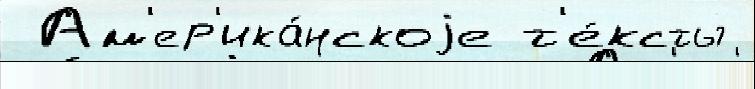
 Ам'ер'ика́нскоjе т'е́ксты